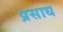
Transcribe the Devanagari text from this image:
प्रसाध